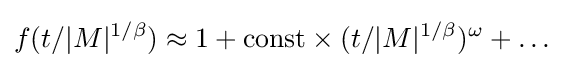
f(t/|M|^{1/\beta })\approx 1+{\rm {const}}\times (t/|M|^{1/\beta })^{\omega }+\dots